Vaccine operations Central Provinces & Berar 1912-1920 - 1912-1920
Year: 1912
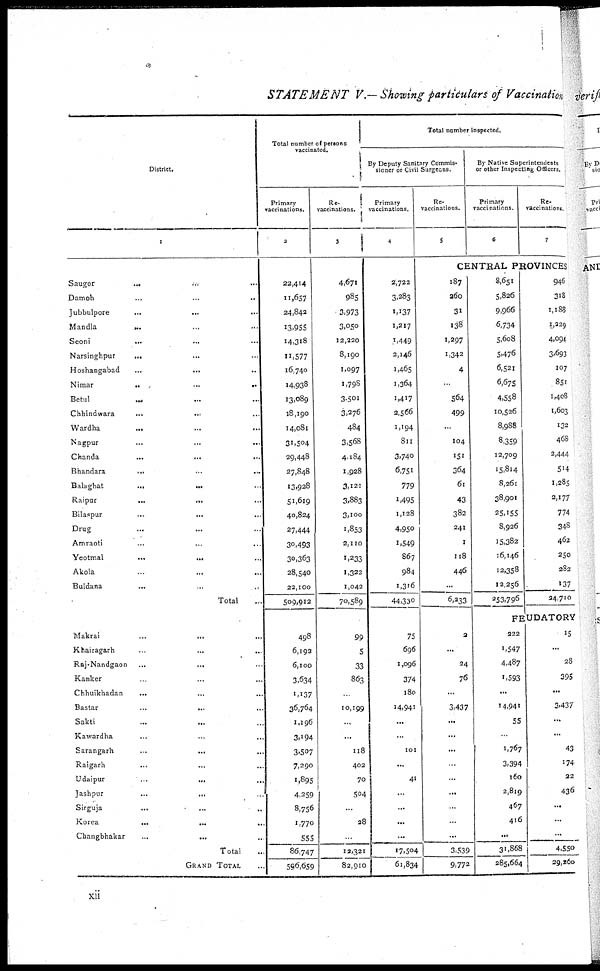
STATEMENT
V.— Showing particulars of Vaccination
District.
1
Saugor
... ...
Damoh ... ...
Jubbulpore
...
...
...
Mandla ... ...
Seoni
... ...
Narsinghpur
... ...
Hoshangabad
...
...
...
Nimar
..
...
...
Betul
...
...
...
Chhindwara
...
...
Wardha
...
...
...
Nagpur
...
...
...
Chanda ... ... ...
Bhandara ... ... ...
Balaghat
...
... ...
Raipur
...
... ...
Bilaspur
...
... ...
Drug ... ... ...
Amraoti ... ... ...
Yeotmal
...
... ...
Akola ... ... ...
Buldana
... ... ...
Total ...
Makrai
...
...
...
Khairagarh ... ... ...
Raj-Nandgaon
...
... ...
Kanker ... ... ...
Chhuikhadan
...
...
...
Bastar
...
... ...
Sakti ... ... ...
Kawardha ... ... ...
Sarangarh
...
... ...
Raigarh ... ... ...
Udaipur
...
...
...
Jashpur
...
...
...
Sirguja ... ... ...
Korea
...
...
...
Changbhakar
...
... ...
Total ...
GRAND TOTAL ...
Total number of persons
vaccinated.
Primary
vaccinations.
2
22,414
11,657
24,842
13,955
14,318
11,577
16,740
14,938
13,089
18,190
14,081
31,504
29,448
27,848
13,928
51,619
40,824
27,444
30,493
30,363
28,540
22,100
509,912
498
6,192
6,100
3,634
1,137
36,764
1,196
3,194
3,507
7,290
1,895
4,259
8,756
1,770
555
86,747
596,659
Re¬
vaccinations.
3
4,671
985
3,973
3,050
12,220
8,190
1,097
1,798
3,501
3,276
484
3,568
4,184
1,928
3,121
3,883
3,100
1,853
2,110
1,233
1,322
1,042
70,589
99
5
33
863
...
10,199
...
...
118
402
70
504
...
28
...
12,321
82,910
Total number inspected.
By Deputy Sanitary Commis¬
sioner or Civil Surgeons.
Primary
vaccinations.
4
2,722
3,283
1,137
1,217
1,449
2,146
1,465
1,364
1,417
2,566
1,194
811
3,740
6,751
779
1,495
1,128
4,950
1,549
867
984
1,316
44,330
75
696
1,096
374
180
14,941
...
...
101
...
41
...
...
...
...
17,504
61,834
Re¬
vaccinations.
5
By Native Superintendents
or other Inspecting Officers.
Primary
vaccinations.
6
Re¬
vaccinations.
7
CENTRAL PROVINCES
187
260
31
138
1,297
1,342
4
...
564
499
...
104
151
364
61
43
382
241
1
118
446
...
6,233
2
...
24
76
...
3,437
...
...
...
...
...
...
...
...
...
3,539
9,772
8,651
5,826
9,966
6,734
5,608
5,476
6,521
6,675
4,558
10,526
8,988
8,359
12,709
15,814
8,261
38,901
25,155
8,926
15,382
16,146
12,358
12,256
253,796
946
318
1,188
1,229
4,094
3,693
107
851
1,408
1,603
132
468
2,444
514
1,285
2,177
774
348
462
250
282
137
24,710
FEUDATORY
222
1,547
4,487
1,593
...
14,941
55
...
1,767
3,394
160
2,819
467
416
...
31,868
285,664
15
...
28
395
...
3,437
...
...
43
174
22
436
...
...
...
4,550
29,260
xii